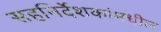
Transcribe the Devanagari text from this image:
सहनिर्देशकांमधील